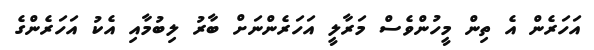
އަހަރެން އެ ތިން މީހުންވެސް މަރާލީ އަހަރެންނަށް ބާރު ލިބުމާއި އެކު އަހަރެންގެ